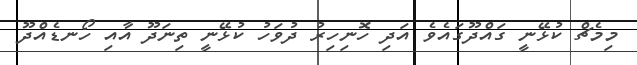
މިމެޗް ކުޅޭނީ ގައްދޫގައެވެ އަދި ހޮނިހިރު ދުވަހު ކުޅޭނީ ތިނަދޫ އާއި ހޯނޑެއްދޫ